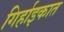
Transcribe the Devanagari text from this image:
गिर्हाइकात